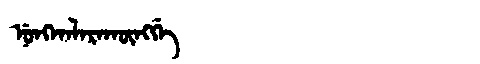
Manchu: ᠨᡠᠩᡤᠠᠯᠠᡵᠠᡴᡡᠩᡤᡝ
Romanization: NUNGGALARAKŪNGGE